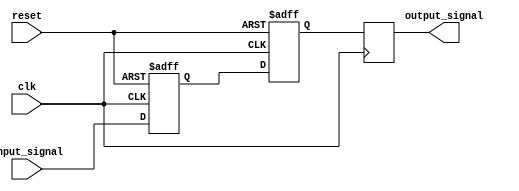
module Buffer_Delay (
    input wire clk,
    input wire reset,
    input wire [7:0] input_signal,
    output wire [7:0] output_signal
);

reg [7:0] buffer;
reg [7:0] delayed_signal;

// Adjustable delay settings
parameter DELAY_VALUE = 3; // Specify the desired delay value here

always @(posedge clk or posedge reset) begin
    if (reset) begin
        buffer <= 8'h00; // Initialize buffer
        delayed_signal <= 8'h00; // Initialize delayed signal
    end else begin
        buffer <= input_signal;
        delayed_signal <= buffer;
        #DELAY_VALUE delayed_signal <= buffer;
    end
end

// Clock domain crossing support
always @(posedge clk) begin
    output_signal <= delayed_signal;
end

endmodule